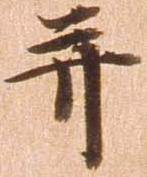
并